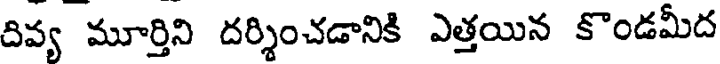
దివ్య మూర్తిని దర్శించడానికి ఎత్తయిన కొండమీద